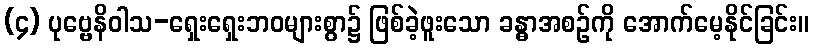
(၄) ပုဗ္ဗေနိဝါသ-ရှေးရှေးဘဝများစွာ၌ ဖြစ်ခဲ့ဖူးသော ခန္ဓာအစဉ်ကို အောက်မေ့နိုင်ခြင်း။